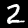
Label: 2